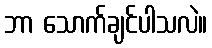
ဘာ သောက်ချင်ပါသလဲ။